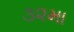
૩૨મા